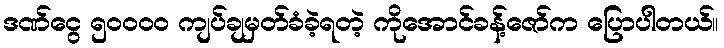
ဒဏ်ငွေ ၅ဝဝဝဝ ကျပ်ချမှတ်ခံခဲ့ရတဲ့ ကိုအောင်ခန့်ဇော်က ပြောပါတယ်။